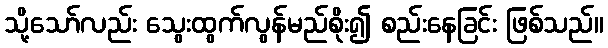
သို့သော်လည်း သွေးထွက်လွန်မည်စိုး၍ စည်းနေခြင်း ဖြစ်သည်။